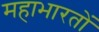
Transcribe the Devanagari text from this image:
महाभारतों